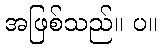
အဖြစ်သည်။ ပ။